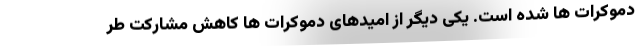
دموکرات ها شده است. یکی دیگر از امیدهای دموکرات ها کاهش مشارکت طر